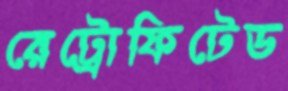
রেট্রোফিটেড